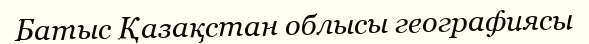
Батыс Қазақстан облысы географиясы